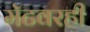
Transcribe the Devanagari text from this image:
मॅटवरही